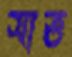
সাত্ত